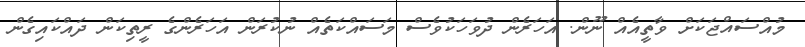
މުއްސައްޖަކަށް ވާތީއެއް ނޫން. އަހަރެން ދުވަހަކުވެސް މަސައްކަތެއް ނުކުރަން އަހަރެންގެ ރީތިކަން ދައްކައިގެން